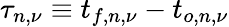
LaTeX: \tau_{n,\nu}\equiv t_{f,n,\nu}-t_{o,n,\nu}